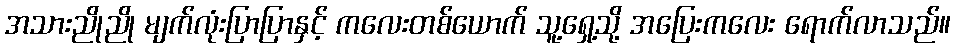
အသားညိုညို မျက်လုံးပြာပြာနှင့် ကလေးတစ်ယောက် သူ့ရှေ့သို့ အပြေးကလေး ရောက်လာသည်။